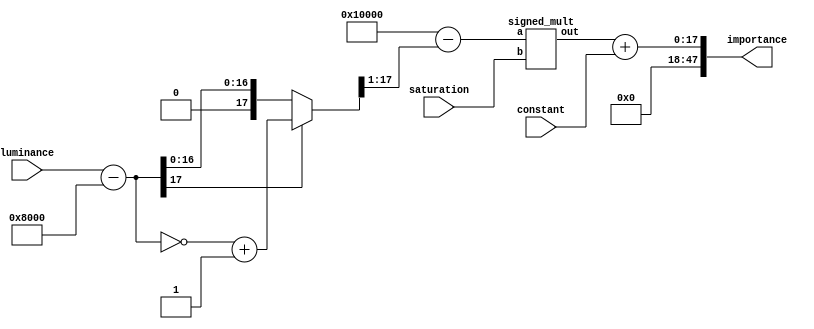
module importance (
	input [17:0] saturation,
	input [17:0] luminance,
	input [17:0] constant,
	output [47:0] importance
);

	wire [17:0] Lminushalf, absLminushalf, Lminushalfx2, oneminusLterm, multLS;
	wire [17:0] importanceResult;


	assign Lminushalf = luminance - 18'h8000;
	assign absLminushalf = (Lminushalf[17] == 1'b1) ? (~Lminushalf) + 1 : Lminushalf;
	assign Lminushalfx2  = absLminushalf >> 1;
	assign oneminusLterm = 18'h10000 - Lminushalfx2;

	signed_mult LxS (
		.a(oneminusLterm),
		.b(saturation),
		.out(multLS)
	);

	assign importanceResult = multLS + constant;
	assign importance = {30'h0, importanceResult};
endmodule

//////////////////////////////////////////////////
// 2.16 fixed point signed multiplier
//////////////////////////////////////////////////
module signed_mult (out, a, b);

	output 		[17:0]	out;
	input 	signed	[17:0] 	a;
	input 	signed	[17:0] 	b;
	
	wire	signed	[17:0]	out;
	wire 	signed	[35:0]	mult_out;

	assign mult_out = a * b;
	//assign out = mult_out[33:17];
	assign out = {mult_out[35], mult_out[32:16]};
endmodule